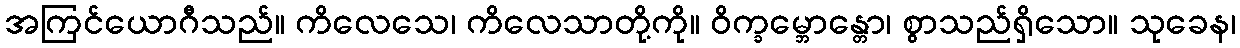
အကြင်ယောဂီသည်။ ကိလေသေ၊ ကိလေသာတို့ကို။ ဝိက္ခမ္ဘောန္တော၊ စွာသည်ရှိသော။ သုခေန၊